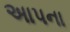
અાપના